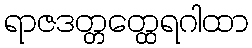
ရာဇဒတ္တတ္ထေရဂါထာ